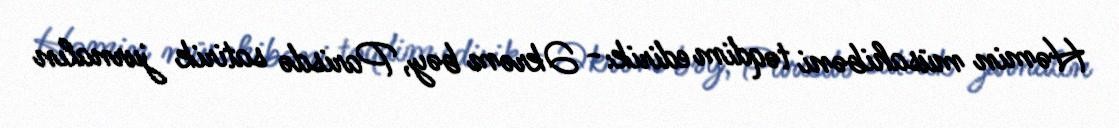
Həmin müsahibəni təqdim edirik:- Əkrəm bəy, Parisdə satirik jurnalın